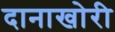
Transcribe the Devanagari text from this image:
दानाखोरी